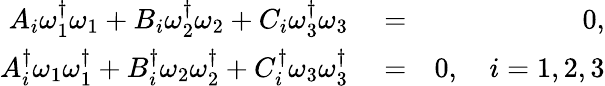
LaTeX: \begin{array}{rlr}{A_{i}\omega_{1}^{\dagger}\omega_{1}+B_{i}\omega_{2}^{\dagger}\omega_{2}+C_{i}\omega_{3}^{\dagger}\omega_{3}}&{{}=}&{0,}\\ {A_{i}^{\dagger}\omega_{1}\omega_{1}^{\dagger}+B_{i}^{\dagger}\omega_{2}\omega_{2}^{\dagger}+C_{i}^{\dagger}\omega_{3}\omega_{3}^{\dagger}}&{{}=}&{0,\quad i=1,2,3}\end{array}